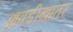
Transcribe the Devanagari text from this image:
आवडीखातर